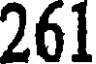
261